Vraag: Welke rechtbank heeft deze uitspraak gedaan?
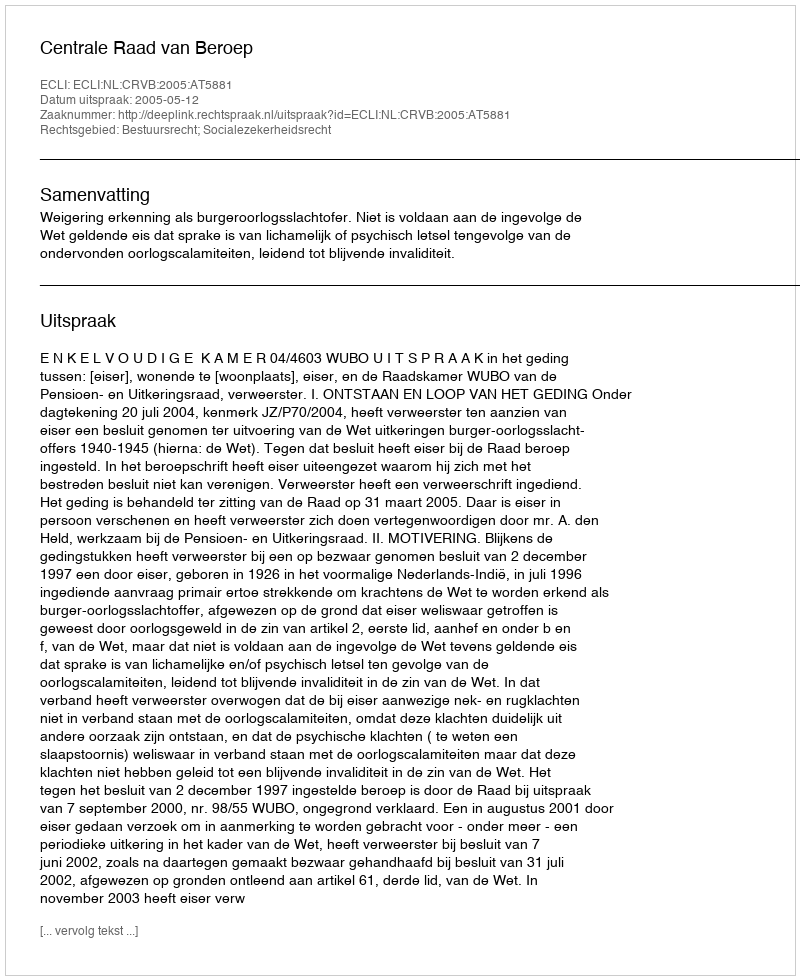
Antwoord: Centrale Raad van Beroep